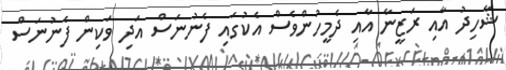
ޝާހިދު އާއި ރަޒީނާ އާއި ދެމީހުންވެސް އެކުގައި ފެނުނަސް އަދި ވަކިން ފެނުނަސް